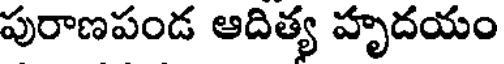
పురాణపండ ఆదిత్య హృదయం